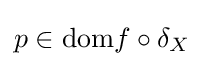
p\in \mathrm {dom} f\circ \delta _{X}